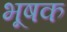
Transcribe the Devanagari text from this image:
भूषक